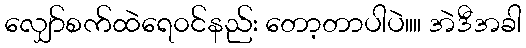
လျှော်စက်ထဲရေ၀င်နည်း တော့တာပါပဲ။။ အဲဒီအခါ